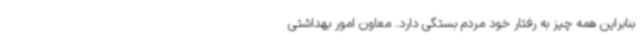
بنابراین همه چیز به رفتار خود مردم بستگی دارد. معاون امور بهداشتی